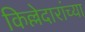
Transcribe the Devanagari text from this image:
किल्लेदारांच्या